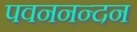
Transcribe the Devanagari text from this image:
पवननन्दन